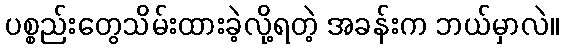
ပစ္စည်းတွေသိမ်းထားခဲ့လို့ရတဲ့ အခန်းက ဘယ်မှာလဲ။